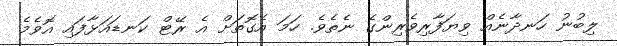
ލިބުނު ހަނދާނެއް ވިޔަފާރިވެރިންގެ ނެތެވެ. ހަމަ އެގޮތަށް އެ ރޭޓް ކަނޑައަޅާފައި އޮވެމެ